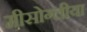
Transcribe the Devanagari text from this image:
मीसोग्लीया